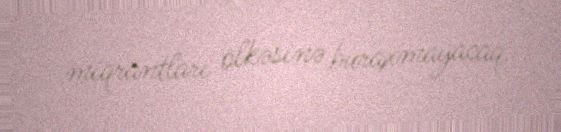
miqrantları ölkəsinə buraxmayacaq.